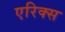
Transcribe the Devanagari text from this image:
एरिक्स